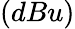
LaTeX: (dBu)